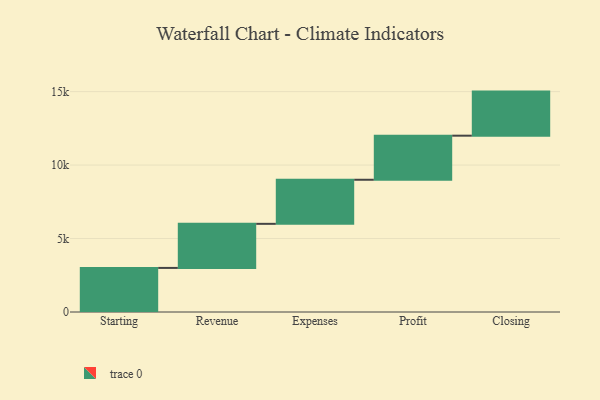
{"axis": {"x": "Step", "y": "Value"}, "legend": [""], "data": [{"x": "Starting", "y": 3000, "type": ""}, {"x": "Revenue", "y": 3000, "type": ""}, {"x": "Expenses", "y": 3000, "type": ""}, {"x": "Profit", "y": 3000, "type": ""}, {"x": "Closing", "y": 3000, "type": ""}]}